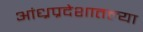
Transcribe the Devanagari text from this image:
आंध्रप्रदेशातल्या